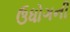
ઉધોગની